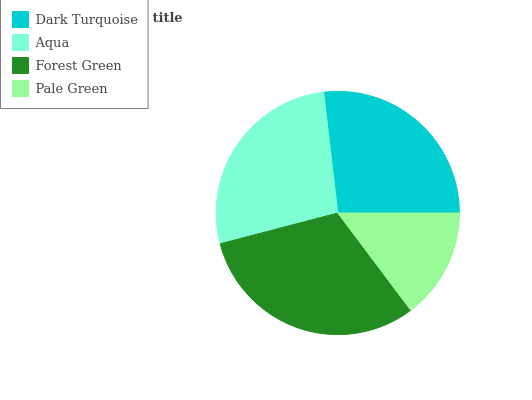
| Dark Turquoise | Aqua | Forest Green | Pale Green |
 | --- | --- | --- | --- |
 | 26.9% | 27.2% | 31.2% | 14.7% |